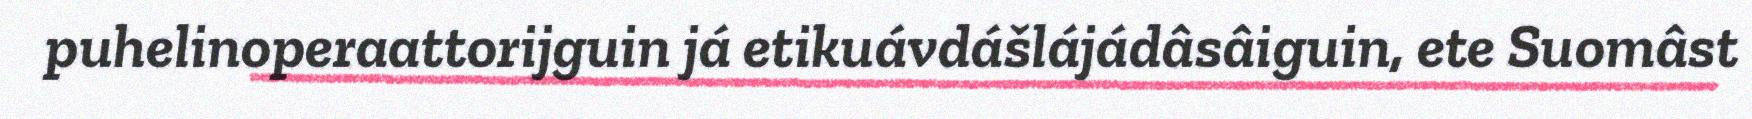
puhelinoperaattorijguin já etikuávdášlájádâsâiguin, ete Suomâst